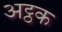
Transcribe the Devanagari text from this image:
अट्ठक